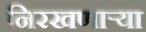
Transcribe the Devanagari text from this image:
निरखणाऱ्या